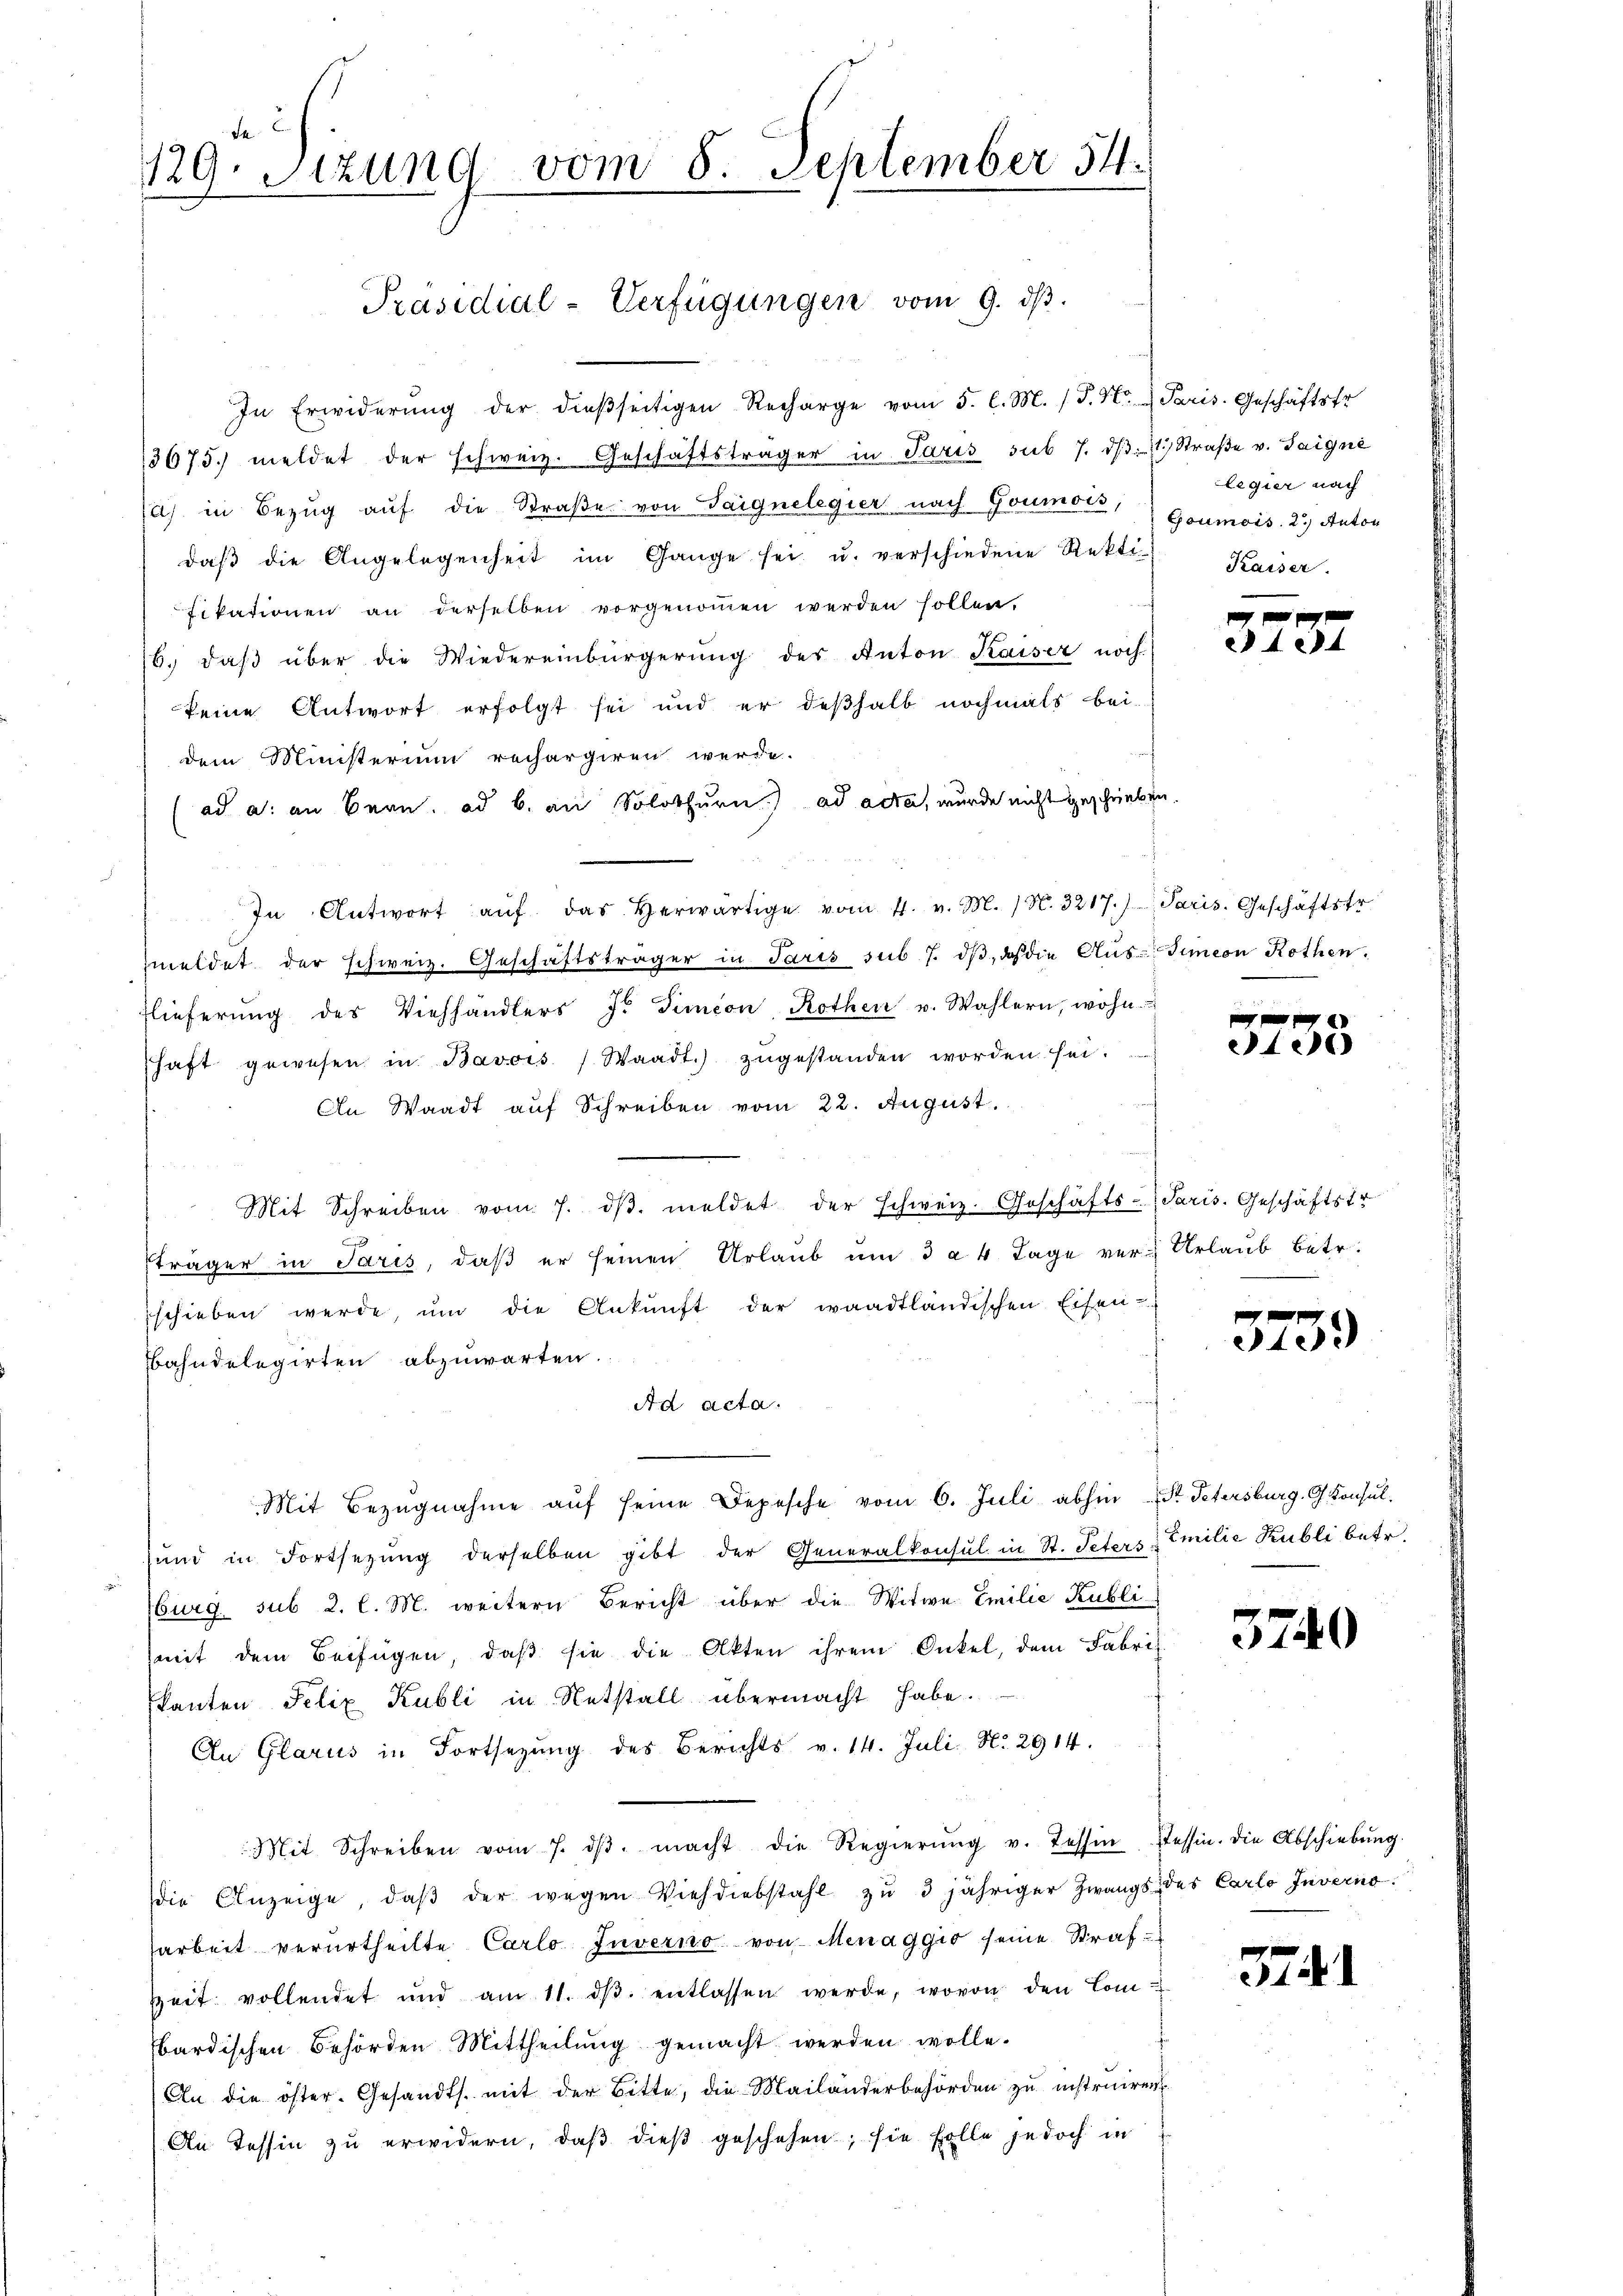
In Erwiderŭng der dieβseitigen Recharge vom 5. l. M. (T. K. Paris. Geschäftsfr
13675. meldet der schweiz. Geschäftsträger in Paris sub 7. dβ 1 Straβe v. Saigné
sah in Bezug auf die Straße von Saignelegier nach Goumois, Goumois. 2. Anton
daβ die Angelegenheit im Gange sei u. verschiedene Rekti
fikationen an derselben vorgenoṁen werden sollen.
6. daβ über die Wiedereinbürgerung des Anton Kaiser noch.
keine Antwort erfolgt sei und er deßhalb nochmals bei-
dem Ministerium rechargiren werde.
ad a. an Bern. ad b. an Solothurn) ad acta, wurde nicht geschrieben.
In Antwort aŭf das herwärtige vom 4. v. M. N. 3217.) Paris. Geschäftstr
meldet der schweiz. Geschäftsträger in Paris sub 7. dβ, daß die Aŭs-Simeon Rothen.
Elieferŭng des Viehhändlers J. Simeon, Rothen u. Wahlern, wohn
haft gewesen in Bavois Waadt.) zŭgestanden worden sei.
An Waadt auf Schreiben vom 22. August.
Mit Schreiben vom 7. dβ. meldet der schweiz. Geschäfts-Paris. Geschäftstr
E
träger in Jaris, daβ er seinen Urlaŭb um 3 à 4 Tage ver-Urlaŭb betr.
schieben werde um die Ankunft der waadtländischen Eisen
Bahndelegirten abzuwarten.
Ad acta.
Mit Bezŭgnahme aŭf seine Depesche vom 6. Juli abhin St. Petersburg, G. Konsul
sund in Fortsetzŭng derselben gibt der Generalkonsul in St. Peters & Emilie Kubli betr.
burg. sub 2. l. M. weitern Bericht über die Witwe Emilie Kubli
(mit dem Beifügen, daß sie die Akten ihrem Onkel, dem Fabriz
kanten Felix Kubli in Notstall übermacht habe.
En Glarus in Fortsezung des Berichts v. 14. Juli N. 2914.
Mit Schreiben vom 7. dβ. macht die Regierŭng v. Tessin fessin. Die Abschiebŭng.
die Anzeige, daβ der wegen Viehdiebstahl zŭ 3 jähriger Zwangs des Carlo Inverno
sarbeit verurtheilte Carlo Juverno von Menaggio seine Straf-
zeit vollendet und am 11. dβ. entlassen werde, wovon den Com-
bardischen Behörden Mittheilung gemacht werden wolle.
An die öster. Gesandts. mit der Bitte, die Mailanderbehörden zu instruiren
An Tessin zu erwidern, daß dieß geschehen; sie solle jedoch in

129. Sizung vom 8. September 54.

Präsidial-Verfügungen vom 9. dβ.

legier nach
Kaiser.

f x
4

32.

125

3739

3740

3741